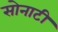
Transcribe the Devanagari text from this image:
सोनाटी